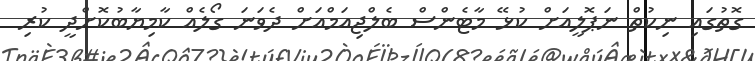
ގޮތުގައި ނިކުތް ނަޕޮލީއަށް ކުޅޭ މާޓެންސް ބެލްޖިއަމްއަށް ދެވަނަ ގޯލެއް ކާމިޔާބުކޮށްދީ ކުރި